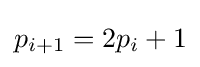
p_{i+1}=2p_{i}+1